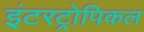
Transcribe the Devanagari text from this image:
इंटरट्रोपिकल